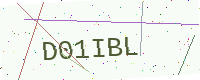
Text: D01IBL